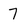
Character: 7